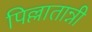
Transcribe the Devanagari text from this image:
पिल्लातान्नी